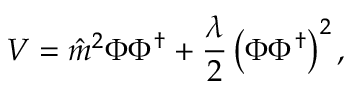
V = \hat { m } ^ { 2 } \Phi \Phi ^ { \dagger } + \frac { \lambda } { 2 } \left( \Phi \Phi ^ { \dagger } \right) ^ { 2 } ,